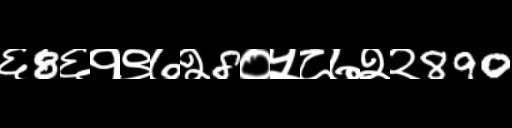
Text: ६8६१९७२8०५८७२२890